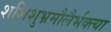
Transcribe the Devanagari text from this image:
शशिशुभ्रमौलैर्भक्त्या